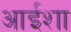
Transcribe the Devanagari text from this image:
आईशा